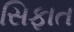
સિફાત